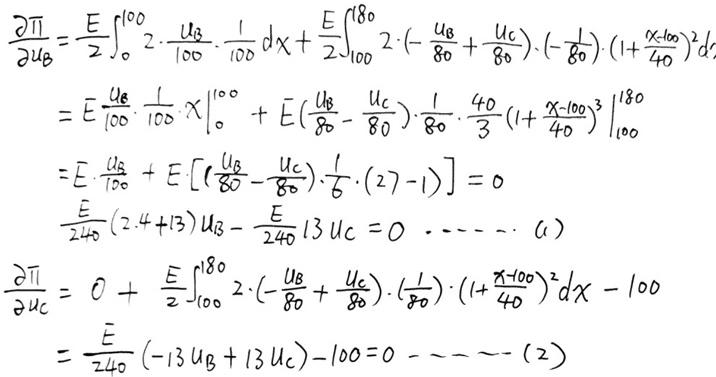
\begin{align*}
\frac{\partial \pi}{\partial u_B} &= \frac{E}{2} \int_{0}^{100} 2 \cdot \frac{u_B}{100} \cdot \frac{1}{100} dx + \frac{E}{2} \int_{100}^{180} 2 \cdot (-\frac{u_B}{80} + \frac{u_C}{80}) \cdot (-\frac{1}{80}) \cdot (1 + \frac{x - 100}{40})^2 dx \\
&= E \frac{u_B}{100} \cdot \frac{1}{100} x \big|_{0}^{100} + E (\frac{u_B}{80} - \frac{u_C}{80}) \cdot \frac{1}{80} \cdot \frac{40}{3} (1 + \frac{x - 100}{40})^3 \big|_{100}^{180} \\
&= E \cdot \frac{u_B}{100} + E [(\frac{u_B}{80} - \frac{u_C}{80}) \cdot \frac{1}{6} \cdot (27 - 1)] = 0 \\
& \frac{E}{240} (24 + 13) u_B - \frac{E}{240} 13 u_C = 0 \cdots \cdots (1) \\
\frac{\partial \pi}{\partial u_C} &= 0 + \frac{E}{2} \int_{100}^{180} 2 \cdot (-\frac{u_B}{80} + \frac{u_C}{80}) \cdot (\frac{1}{80}) \cdot (1 + \frac{x - 100}{40})^2 dx - 100 \\
&= \frac{E}{240} (-13 u_B + 13 u_C) - 100 = 0 \cdots \cdots (2)
\end{align*}